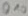
Text: Q10